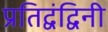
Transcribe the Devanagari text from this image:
प्रतिद्वंद्विनी